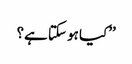
’’کیا ہو سکتا ہے؟